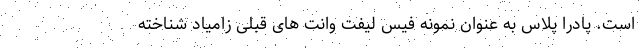
است. پادرا پلاس به عنوان نمونه فیس لیفت وانت های قبلی زامیاد شناخته